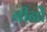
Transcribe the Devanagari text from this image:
बीनों